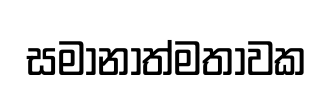
සමානාත්මතාවක